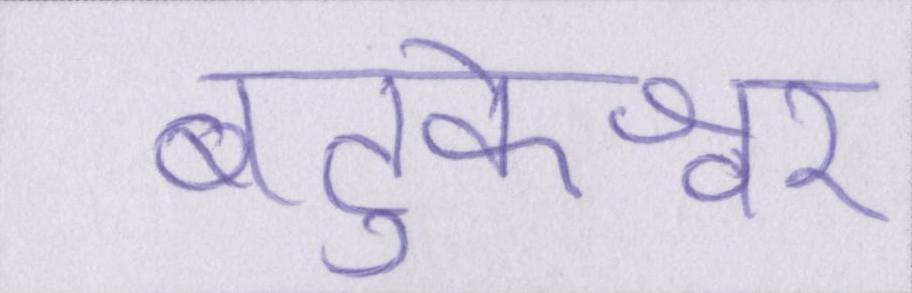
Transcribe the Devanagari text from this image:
बटुकेश्वर